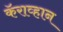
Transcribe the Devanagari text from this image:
कॅराव्हान